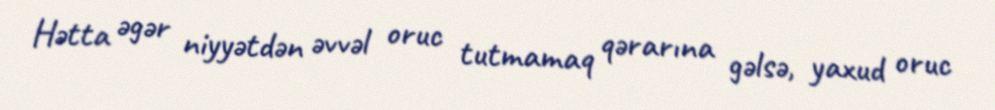
Hətta əgər niyyətdən əvvəl oruc tutmamaq qərarına gəlsə, yaxud oruc